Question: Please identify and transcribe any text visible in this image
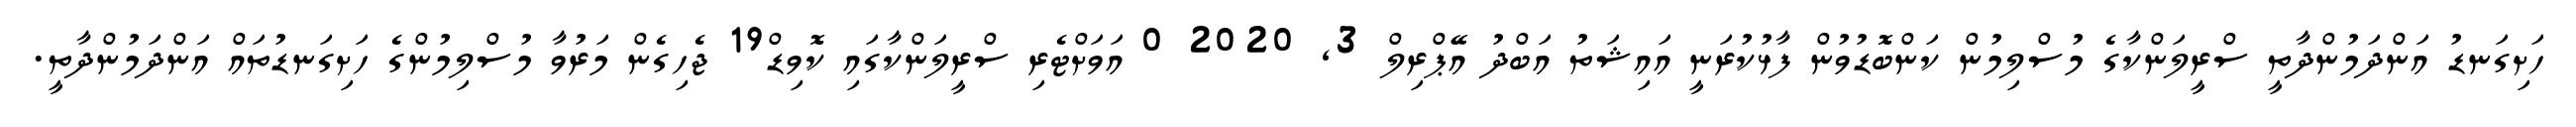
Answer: ހަށިގަނޑު އަންދަމުންދާތީ ސްރީލަންކާގެ މުސްލިމުން ކަންބޮޑުވުން ފާޅުކުރަނީ އައިޝަތު އަބްދު އޭޕްރިލް 3, 2020 0 އަވަށްޓެރި ސްރީލަންކާގައި ކޮވިޑް19 ޖެހިގެން މަރުވާ މުސްލިމުންގެ ހަށިގަނޑުތައް އަންދަމުންދާތީ.